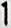
1